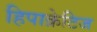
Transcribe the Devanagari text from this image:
हिपाक्रेटिज